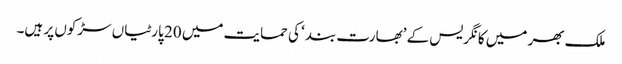
ملک بھر میں کانگریس کے ’بھارت بند‘ کی حمایت میں 20 پارٹیاں سڑکوں پر ہیں۔